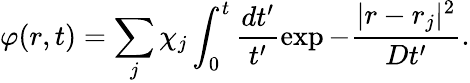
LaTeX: \varphi(r,t)=\sum_{j}\chi_{j}\int_{0}^{t}\frac{dt^{\prime}}{t^{\prime}}\exp{-\frac{|r-r_{j}|^{2}}{Dt^{\prime}}}.